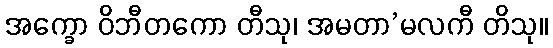
အက္ခော ဝိဘီတကော တီသု၊ အမတာ’မလကီ တိသု။